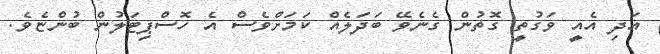
އަދި އެއީ ވަގުތީ ގޮތުން ގެނެވޭ ބަދަލެއް ކަމަށްވެސް އެ ހޮސްޕިޓަލުން ބުންޏެވެ.